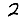
Digit: 2